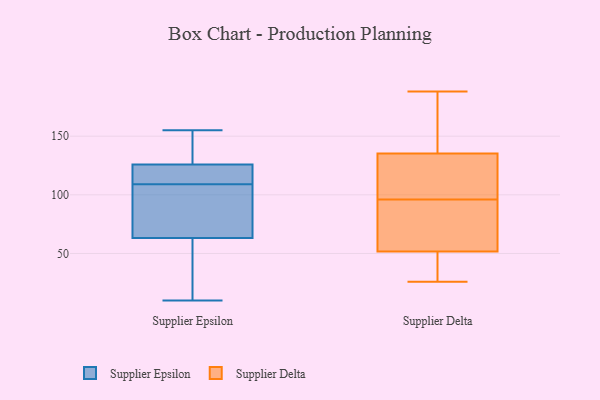
{"axis": {"x": "LTV (USD)", "y": "Value"}, "legend": ["Supplier Delta", "Supplier Epsilon"], "data": [{"x": "", "y": 146, "type": "Supplier Epsilon"}, {"x": "", "y": 10, "type": "Supplier Epsilon"}, {"x": "", "y": 123, "type": "Supplier Epsilon"}, {"x": "", "y": 64, "type": "Supplier Epsilon"}, {"x": "", "y": 14, "type": "Supplier Epsilon"}, {"x": "", "y": 110, "type": "Supplier Epsilon"}, {"x": "", "y": 63, "type": "Supplier Epsilon"}, {"x": "", "y": 125, "type": "Supplier Epsilon"}, {"x": "", "y": 86, "type": "Supplier Epsilon"}, {"x": "", "y": 75, "type": "Supplier Epsilon"}, {"x": "", "y": 24, "type": "Supplier Epsilon"}, {"x": "", "y": 126, "type": "Supplier Epsilon"}, {"x": "", "y": 129, "type": "Supplier Epsilon"}, {"x": "", "y": 109, "type": "Supplier Epsilon"}, {"x": "", "y": 119, "type": "Supplier Epsilon"}, {"x": "", "y": 24, "type": "Supplier Epsilon"}, {"x": "", "y": 68, "type": "Supplier Epsilon"}, {"x": "", "y": 145, "type": "Supplier Epsilon"}, {"x": "", "y": 155, "type": "Supplier Epsilon"}, {"x": "", "y": 128, "type": "Supplier Delta"}, {"x": "", "y": 76, "type": "Supplier Delta"}, {"x": "", "y": 128, "type": "Supplier Delta"}, {"x": "", "y": 188, "type": "Supplier Delta"}, {"x": "", "y": 33, "type": "Supplier Delta"}, {"x": "", "y": 188, "type": "Supplier Delta"}, {"x": "", "y": 51, "type": "Supplier Delta"}, {"x": "", "y": 52, "type": "Supplier Delta"}, {"x": "", "y": 55, "type": "Supplier Delta"}, {"x": "", "y": 186, "type": "Supplier Delta"}, {"x": "", "y": 26, "type": "Supplier Delta"}, {"x": "", "y": 96, "type": "Supplier Delta"}, {"x": "", "y": 66, "type": "Supplier Delta"}, {"x": "", "y": 119, "type": "Supplier Delta"}, {"x": "", "y": 128, "type": "Supplier Delta"}, {"x": "", "y": 49, "type": "Supplier Delta"}, {"x": "", "y": 157, "type": "Supplier Delta"}]}